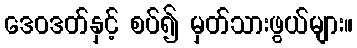
ဒေဝဒတ်နှင့် စပ်၍ မှတ်သားဖွယ်များ။